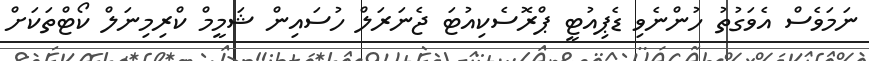
ނަމަވެސް އެވަގުތު ހުންނެވި ޑެޕިއުޓީ ޕްރޮސެކިއުޓަ ޖެނަރަލް ހުސައިން ޝަމީމް ކްރިމިނަލް ކޯޓްތަކަށް